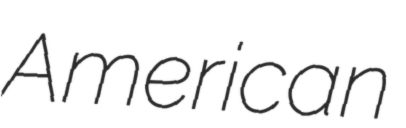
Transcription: American